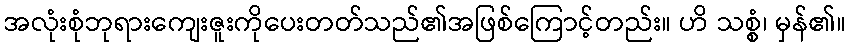
အလုံးစုံဘုရားကျေးဇူးကိုပေးတတ်သည်၏အဖြစ်ကြောင့်တည်း။ ဟိ သစ္စံ၊ မှန်၏။